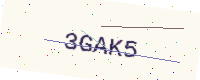
Text: 3GAK5